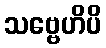
သဗ္ဗေဟိပိ